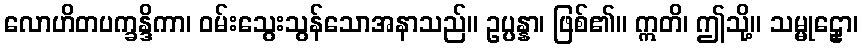
လောဟိတပက္ခန္ဒိကာ၊ ဝမ်းသွေးသွန်သောအနာသည်။ ဥပ္ပန္နာ၊ ဖြစ်၏။ ဣတိ၊ ဤသို့။ သမ္မုဠှော၊